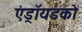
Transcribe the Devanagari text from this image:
एंड्रॉयडको